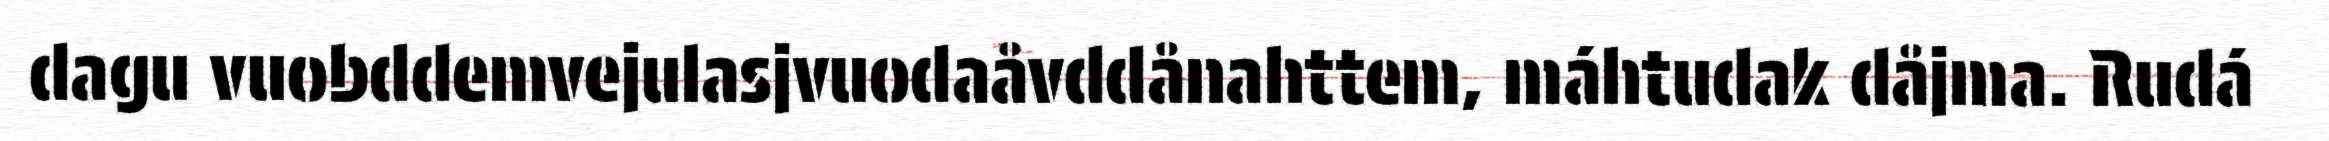
dagu vuobddemvejulasjvuodaåvddånahttem, máhtudak dåjma. Rudá